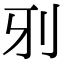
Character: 𠚾